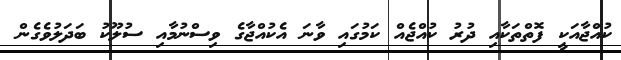
ކުއްޖާއަކީ ފޮތްތަކާއި ދުރު ކުއްޖެއް ކަމުގައި ވާނަ އެކުއްޖާގެ ވިސްނުމާއި ސުލޫކު ބަދަލުވެގެން